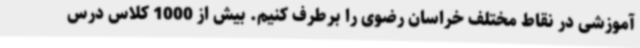
آموزشی در نقاط مختلف خراسان رضوی را برطرف کنیم. بیش از 1000 کلاس درس